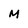
Character: M